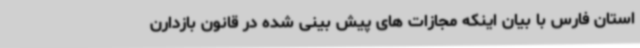
استان فارس با بیان اینکه مجازات های پیش بینی شده در قانون بازدارن